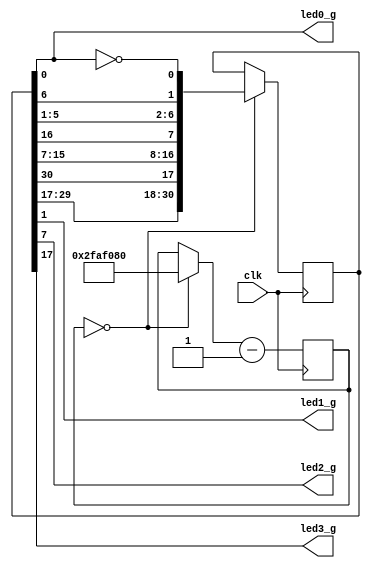
module blinky(
    input clk,
    output led0_g,
    output led1_g,
    output led2_g,
    output led3_g
    );
    reg [25:0] accum = 0;
    wire pps = (accum == 0);  
    reg [30:0] dareg = 31'b0000000000000100000000010000011;
    
    assign led0_g = dareg[0];
    assign led1_g = dareg[1];
    assign led2_g = dareg[7];
    assign led3_g = dareg[17];

    always @(posedge clk) begin
        accum <= (pps ? 50_000_000 : accum) - 1;
        if (pps) begin
            dareg <= {dareg[29:17], dareg[30], dareg[15:7], dareg[16], dareg[5:1], dareg[6], ~dareg[0]};
        end
    end
endmodule